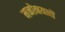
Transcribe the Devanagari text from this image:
मनोनयनों